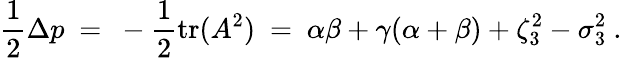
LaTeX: \frac 12\Delta p\ =\ -\frac 12\mathrm{tr}(A^{2})\ =\ \alpha\beta+\gamma(\alpha+\beta)+\zeta_{3}^{2}-\sigma_{3}^{2}~.